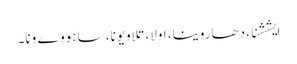
ایششنا، دھاروینا، اولا، تلاویونا، ساہو وے ونا۔